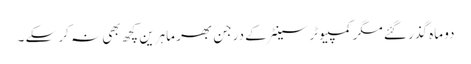
دو ماہ گذر گئے مگر کمپیوٹر سینٹر کے درجن بھر ماہرین کچھ بھی نہ کر سکے ۔